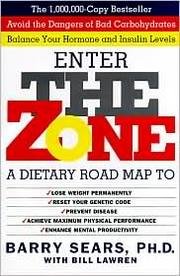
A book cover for Enter the Zone; Ph.D. with Bill Lawren Barry Sears; Health, Fitness & Dieting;